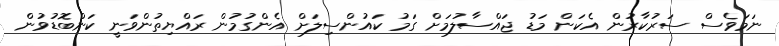
ނަމަވެސް ސަރުކާރުން އެކަން މަޑު ޖައްސާލުމަށް ގަމު ކައުންސިލަށް އެންގުމުން ރައްޔިތުންވަނީ ކަންބޮޑުވުން